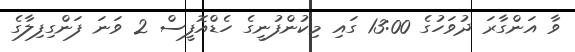
ވާ އަންގާރަ ދުވަހުގެ 13:00 ގައި މިކުންފުނީގެ ހެޑްއޮފީސް 2 ވަނަ ފަންގިފިލާގެ